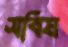
সবিষ